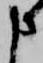
申